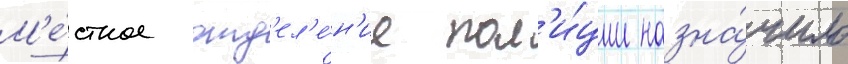
М'е́стное отд'ел'е́н'ие пол'и́ции назна́чило